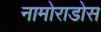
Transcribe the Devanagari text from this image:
नामोराडोस